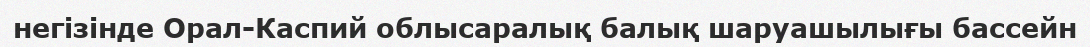
негізінде Орал-Каспий облысаралық балық шаруашылығы бассейн